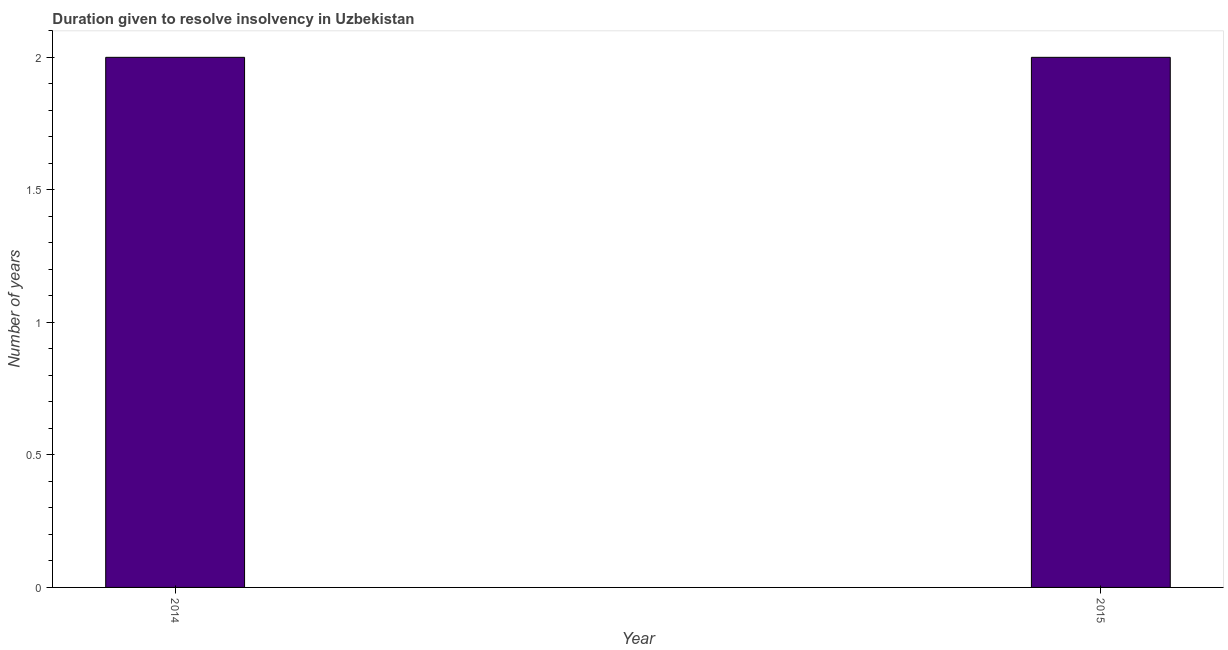
| Year | Resolve insolvency |
 | --- | --- |
 | 2014 | 2 |
 | 2015 | 2 |